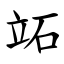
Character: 䇉